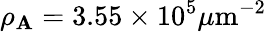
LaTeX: \rho_{\mathbf{A}}=3.55\times10^{5}\mu\mathrm{{m}}^{-2}